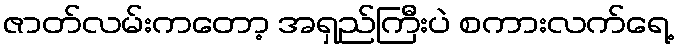
ဇာတ်လမ်းကတော့ အရှည်ကြီးပဲ စကားလက်ရေ့